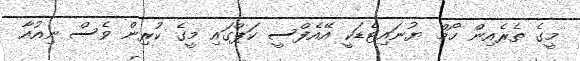
މީގެ ތެރެއިން ހޯމް ޔުނައިޓެޑަކީ އޭއެފްސީ ކަޕްގައި މީގެ ކުރިން ވެސް ނިއުއާ